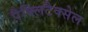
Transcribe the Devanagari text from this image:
पैक्लिटैक्सेल